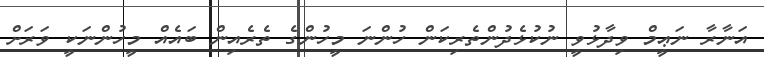
އަނާރާ ނަޢީމް ވިދާޅުވީ ނުކުޅެދުންތެރިކަން ހުންނަ މީހުންގެ ތެރެއިން ބައެއް މީހުންނަކީ ވަރަށް